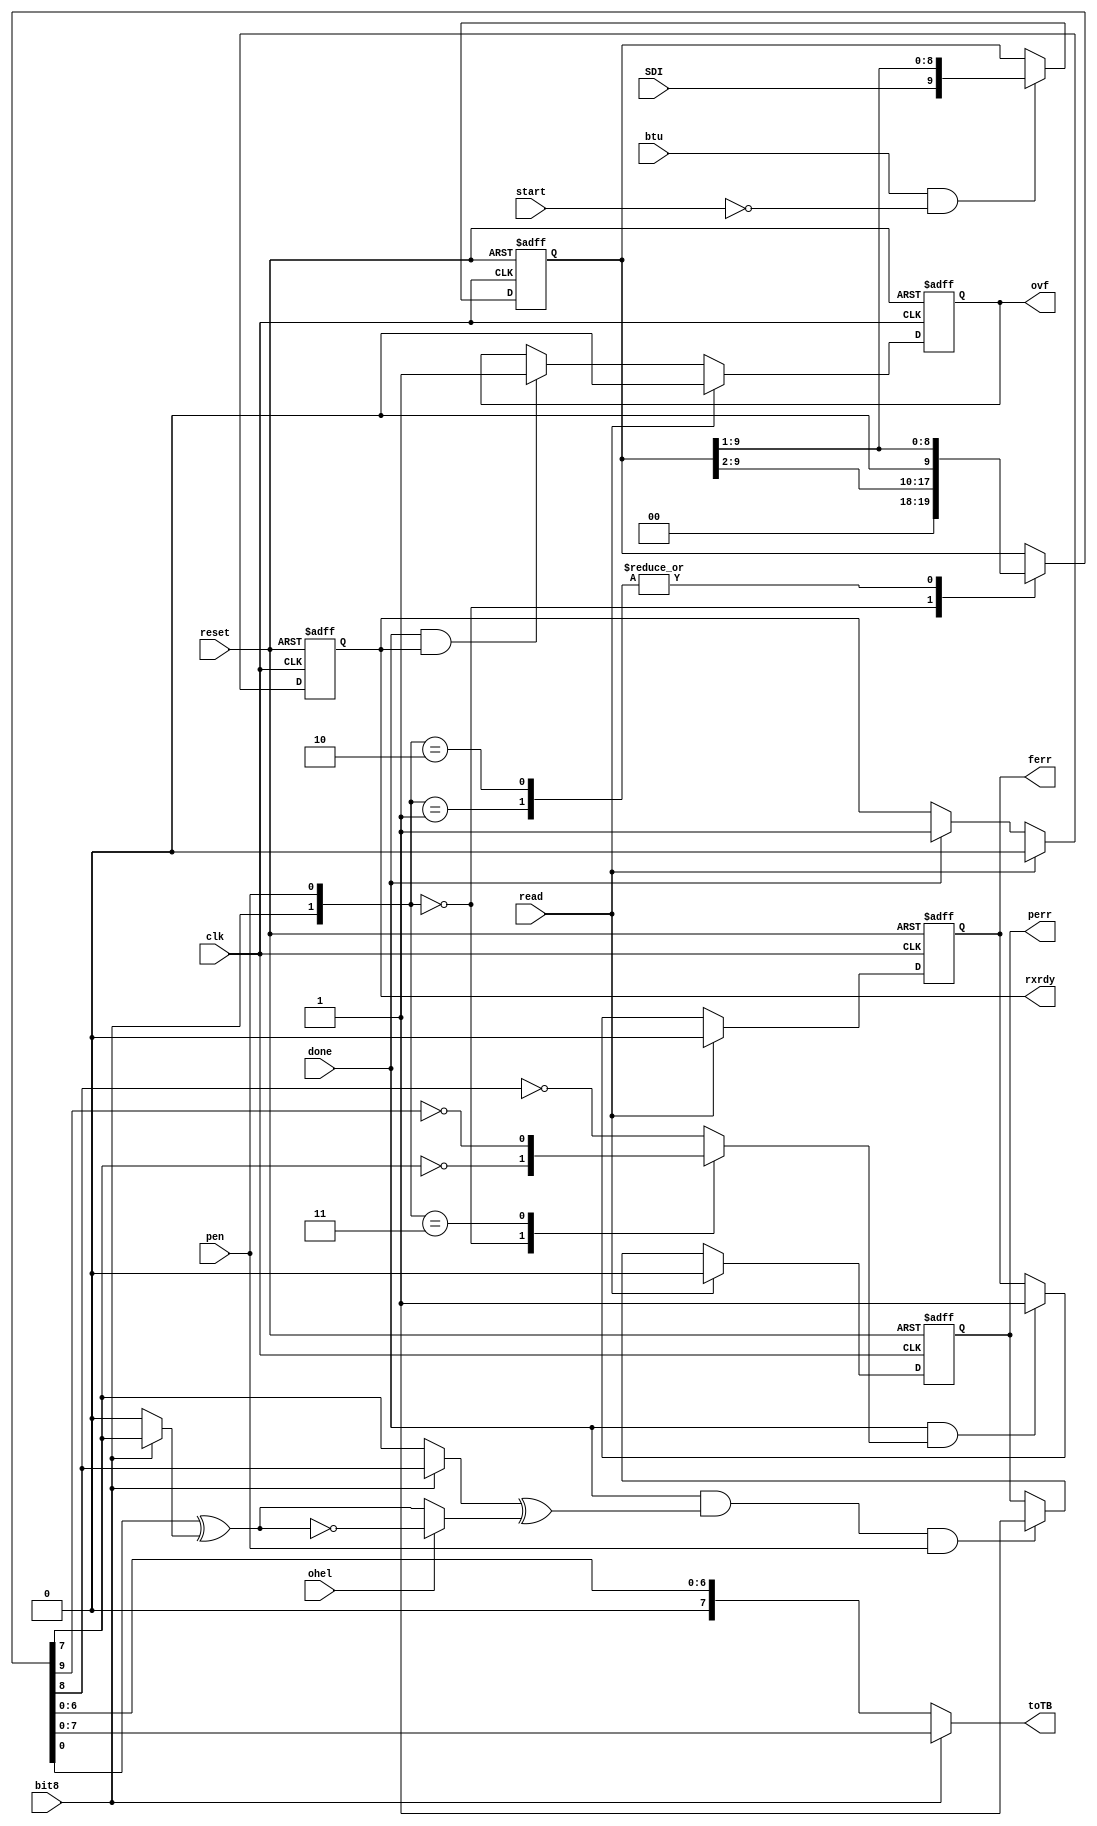
`timescale 1ns / 1ps
//****************************************************************//
//                                                                //
//  Created by       Thomas Nguyen on 3/18/19.                    //
//  Copyright c 2019 Thomas Nguyen. All rights reserved.          //
//                                                                //
//                                                                //
//  In submitting this file for class work at CSULB               //
//  I am confirming that this is my work and the work             //
//  of no one else. In submitting this code I acknowledge that    //
//  plagiarism in student project work is subject to dismissal.   //
//  from the class                                                //
//****************************************************************//
module rx_datapath(clk, reset, btu, start, bit8, pen, ohel, done,
                   SDI, rxrdy, perr, ferr, ovf, read, toTB);
                   
   input            clk, reset;
   input            btu, start, bit8, pen, ohel, done, read;
   
   //Serial Data Input
   input            SDI;
   
   //Output of remap to tramel blaze
   output     [7:0] toTB;
   
   //Status for recieve, parity error, framing error and overflow
   output reg       rxrdy, perr, ferr, ovf;
   reg        [9:0] shift_reg, remap;
   
   //Mux Signals that are used to create load signals to Status Regs
   wire             par, par_even, gen, SH;
   reg              stop;

/////FOR SHIFT REGISTER//////

   //Shift signal
   assign SH = btu & ~start;

   always@(posedge clk, posedge reset)
      if(reset)   shift_reg <= 10'b0;
      else if(SH) shift_reg <= {SDI, shift_reg[9:1]};
      else        shift_reg <= shift_reg;
      
/////FOR REMAP COMBO////////
   assign toTB = (bit8) ? remap[7:0] : {1'b0, remap[6:0]};
   
   always@(*)
      case({bit8, pen})
         2'b00  : remap = {2'b0, shift_reg[9:2]};
         2'b01  : remap = {1'b0, shift_reg[9:1]};
         2'b10  : remap = {1'b0, shift_reg[9:1]};
         default: remap = shift_reg;
      endcase

   //Parity Gen Select
   assign gen = (bit8) ? remap[7] : 1'b0;
   
   //Even Parity Mux
   assign par_even = (~ohel) ?  (remap[6:0] ^ gen) :
                               ~(remap[6:0] ^ gen) ;

   //Parity Bit Select
   assign par = (bit8) ? remap[8] : remap[7];

   //Stop Bit Select
   always@(*)
      case({bit8, pen})
         2'b00  : stop = ~remap[7];
         2'b11  : stop = ~remap[9];
         default: stop = ~remap[8];
      endcase
      
/////STATUS REGISTERS///////   
   //RXRDY REG
   always@(posedge clk, posedge reset)
      if(reset)             rxrdy <= 1'b0;
      else if(read)         rxrdy <= 1'b0;
      else if(done)         rxrdy <= 1'b1;
      else                  rxrdy <= rxrdy;

   //PERR REG
   always@(posedge clk, posedge reset)
      if(reset)             perr <= 1'b0;
      else if(read)         perr <= 1'b0;
      else if(done & (par ^ par_even) & pen)
                            perr <= 1'b1;
      else                  perr <= perr;

   //FERRR REG
   always@(posedge clk, posedge reset)
      if(reset)             ferr <= 1'b0;
      else if(read)         ferr <= 1'b0;
      else if(done & stop)  ferr <= 1'b1;
      else                  ferr <= ferr;

   //OVF REG
   always@(posedge clk, posedge reset)
      if(reset)             ovf <= 1'b0;
      else if(read)         ovf <= 1'b0;
      else if(done & rxrdy)
                            ovf <= 1'b1;
      else                  ovf <= ovf;

endmodule